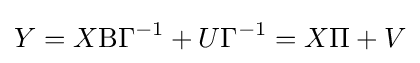
Y=X\mathrm {B} \Gamma ^{-1}+U\Gamma ^{-1}=X\Pi +V